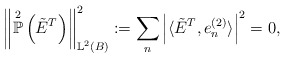
\begin{align*}\left\Vert \overset{2}{\mathbb{P}}\left( \tilde{E}^{T} \right) \right\Vert^{2}_{\mathbb{L}^{2}(B)} := \sum_{n} \left\vert \langle \tilde{E}^{T}, e^{(2)}_{n} \rangle \right\vert^{2} = 0,\end{align*}